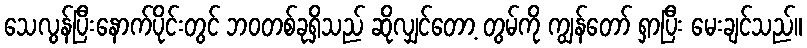
သေလွန်ပြီးနောက်ပိုင်းတွင် ဘဝတစ်ခုရှိသည် ဆိုလျှင်တော့ တွမ်ကို ကျွန်တော် ရှာပြီး မေးချင်သည်။